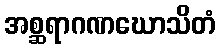
အစ္ဆရာဂဏဃောသိတံ